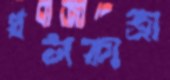
ধলকাত্রা